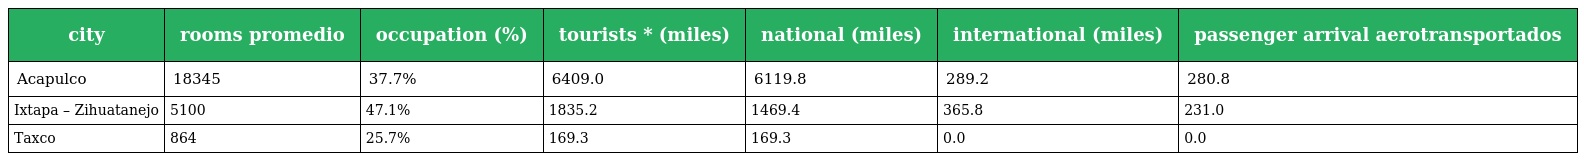
| city | rooms promedio | occupation (%) | tourists * (miles) | national (miles) | international (miles) | passenger arrival aerotransportados |
 | --- | --- | --- | --- | --- | --- | --- |
 | Acapulco | 18345 | 37.7% | 6409.0 | 6119.8 | 289.2 | 280.8 |
 | Ixtapa – Zihuatanejo | 5100 | 47.1% | 1835.2 | 1469.4 | 365.8 | 231.0 |
 | Taxco | 864 | 25.7% | 169.3 | 169.3 | 0.0 | 0.0 |